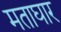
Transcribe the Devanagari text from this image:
मताघार